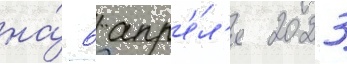
на́ 6 апр'е́л'я 2023